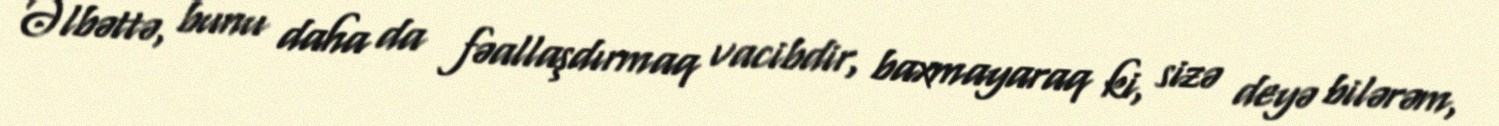
Əlbəttə, bunu daha da fəallaşdırmaq vacibdir, baxmayaraq ki, sizə deyə bilərəm,